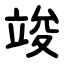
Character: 竣